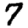
Digit: 7